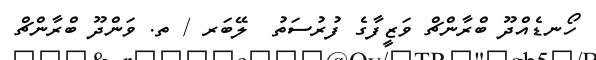
ހޯނޑެއްދޫ ބްރާންޗް ވަޒީފާގެ ފުރުސަތު  ލޭބަރ / ތ. ވަންދޫ ބްރާންޗް